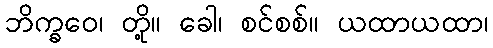
ဘိက္ခဝေ၊ တို့။ ခေါ၊ စင်စစ်။ ယထာယထာ၊